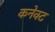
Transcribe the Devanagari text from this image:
कनेक्‍ट